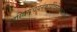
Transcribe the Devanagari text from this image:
अस्थिसंचयनंकार्यंदिनेतद्गोत्रजैः